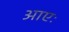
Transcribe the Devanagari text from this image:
आएः